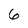
Character: 6